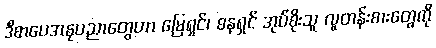
ဒီစာပေအနုပညာတွေဟာ မြေရှင်၊ ဓနရှင် အုပ်စိုးသူ လူတန်းစားတွေကို